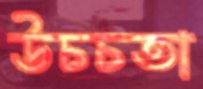
উচচতা